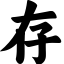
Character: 存